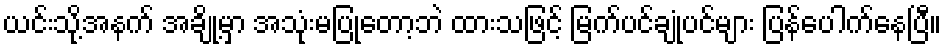
ယင်းသို့အနက် အချို့မှာ အသုံးမပြုတော့ဘဲ ထားသဖြင့် မြက်ပင်ချုံပင်များ ပြန်ပေါက်နေပြီ။